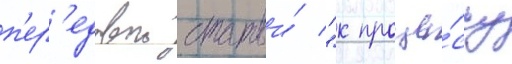
п'ер'едовои статьи́ "к проце́ссу